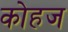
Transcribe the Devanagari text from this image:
कोहज